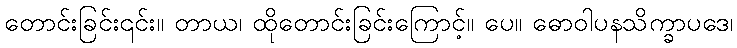
တောင်းခြင်း၎င်း။ တာယ၊ ထိုတောင်းခြင်းကြောင့်။ ပေ။ ဓောဝါပနသိက္ခာပဒေ၊